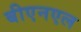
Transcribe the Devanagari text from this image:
बीएनएल